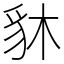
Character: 䝗